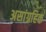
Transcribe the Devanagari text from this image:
असांग्रहिक